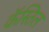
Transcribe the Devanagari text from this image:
कॅस्तिल